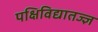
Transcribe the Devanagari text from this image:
पक्षिविद्यातज्ज्ञ